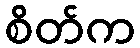
စိတ်က